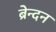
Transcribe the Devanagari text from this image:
ब्रेन्दन